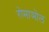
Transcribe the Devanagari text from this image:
रोमाञोल